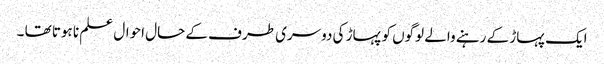
ایک پہاڑ کے رہنے والے لوگوں کو پہاڑ کی دوسری طرف کے حال احوال علم نا ہوتا تھا ۔